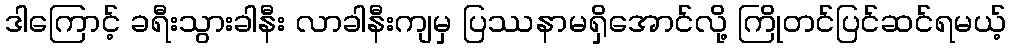
ဒါကြောင့် ခရီးသွားခါနီး လာခါနီးကျမှ ပြဿနာမရှိအောင်လို့ ကြိုတင်ပြင်ဆင်ရမယ့်